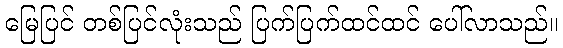
မြေပြင် တစ်ပြင်လုံးသည် ပြက်ပြက်ထင်ထင် ပေါ်လာသည်။